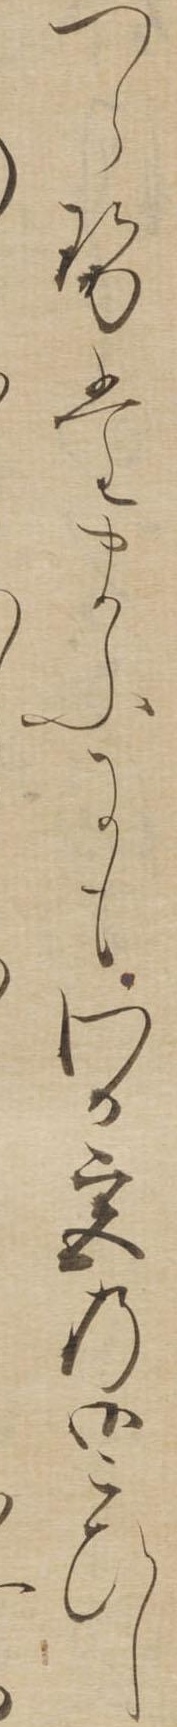
つらせたまふにもわか宮の御こひし